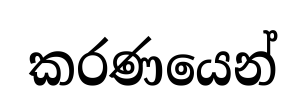
කරණයෙන්